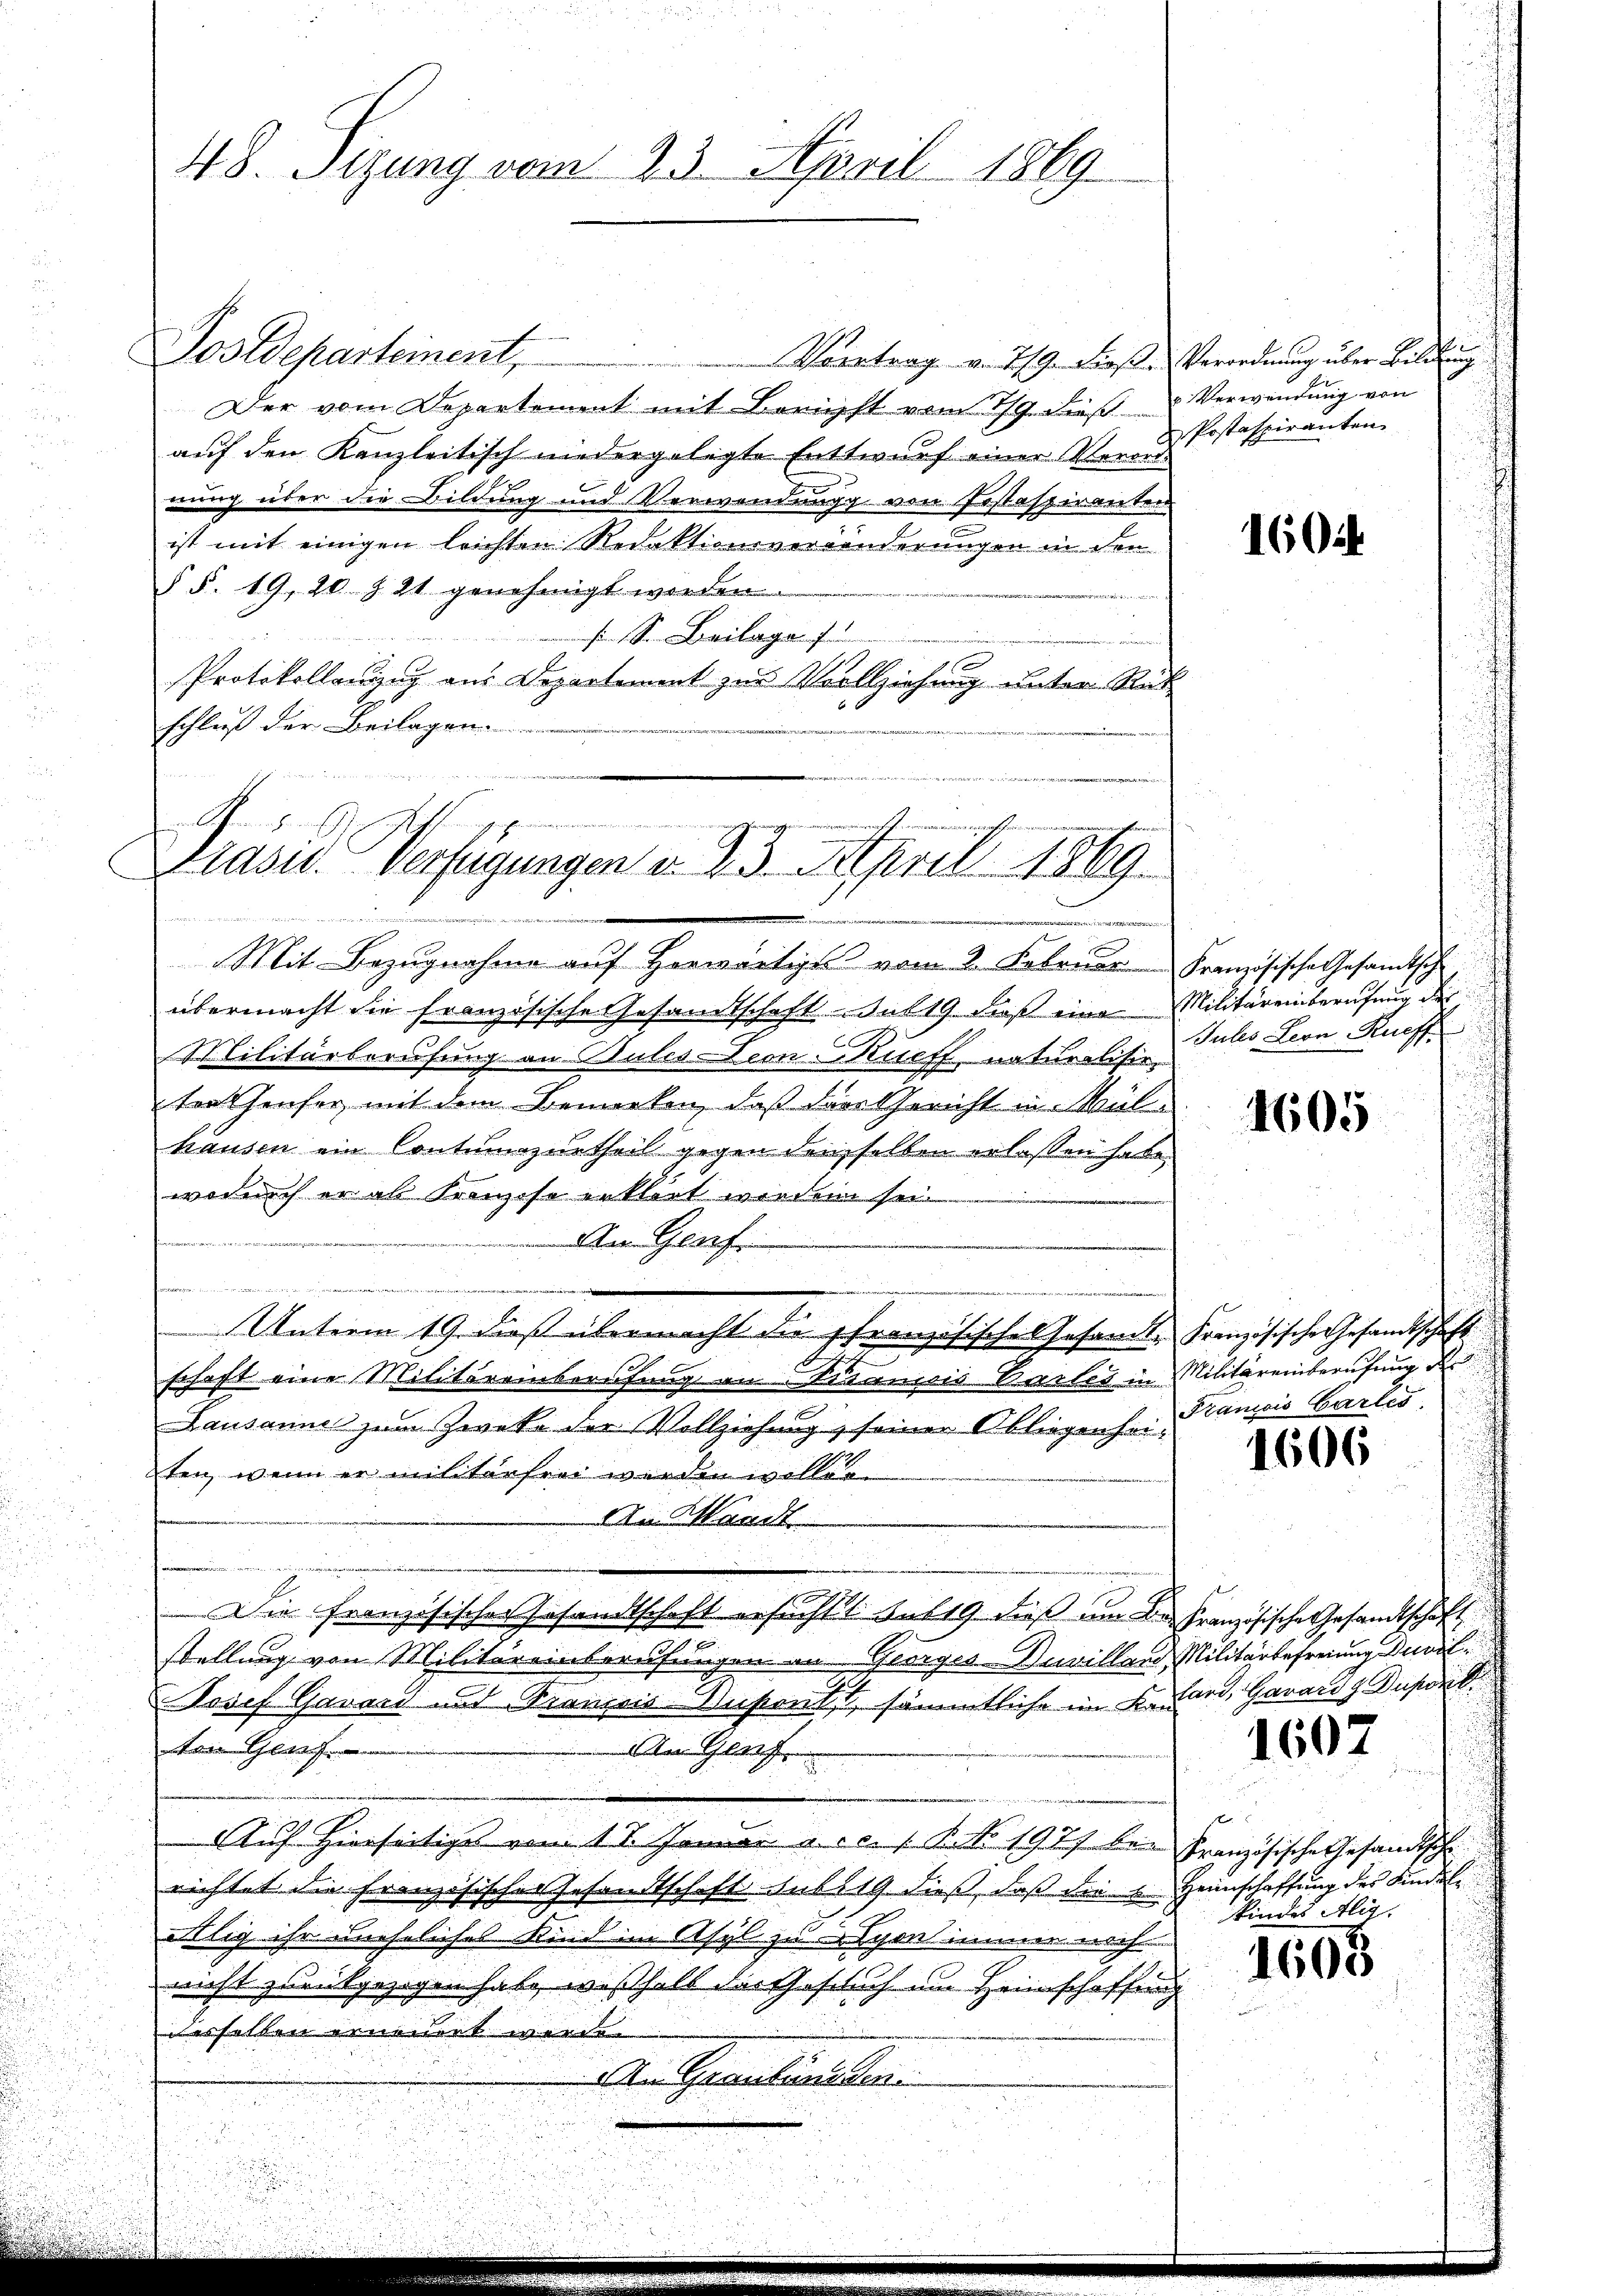
48. Sizung vom 23. April 1869.

Postdeparteinent,
Vortrag v. 279. Diese Verordnung über Bildung
Der vom Departement mit Berichst vom 19. dieß Verwendung von
auf den Kanzleitisch niedergelegte Entwurf einer Verord-
nung über die Bildung und Verwendungg von Erstaspiranten
ist mit einigen leichten Redaktionsverwinderungen in den
§ §. 19, 20 § 21 genehmigt werden
s. S. Beilage f
e
Protokollanzug aus Departement zur Vollziehung unter Rück
schließ der Beilagen

G. J.
Präsid. Verfügungen d. 23. April 1869
d

Mit Bezugnahme auf Horwärtigt vom 3. Februar Französische Gesandtsche
übermacht die französische Gesandtschaft das 19 dieß eine Militäreinberufung der
Militärberufung an Sulis Dion. Kucff, naturalisietoathäuser mit dem Bemerken, daß dere Gericht in Mülhausen ein Contuunzurtheil gegen denselben erlassen habe,
wodurch er als Kranzise erklärt worden sei.
An Genf
n
Unterm 19. dieß übermacht die französisches Gesamte Französische Gesandtschaft
schaft eine Militäremberufung an Niconsis Breites in Militäreinberufung der
Lausannes zum Zwecke der Vollziehung, seiner Abliegenheiten, wenn er militärfen werden wollen.
Am anst
Die Französischer Gesandtschaft ersucht sub 19 dieß um de Französische Gesandtschaft
u
stellung von Militäreinberufungen an Georges-Invilland, Militärbefreiung Duvil
2
Josef Gavari ad Prancis-Dupons, sämmtliche im K. Lord, Garan  Duport
ten Genf.
An Genf.
s
Auf hierseitige vom 17. Januar a.c. s. B. No. 1927 bei Französische Gesandtsche
richtet die Französisches Gesandtschaft sub 19 dieß, daß die Heimschaffung des Kindel
dtlig ihr uneheliches Kind im Asyl zu Eigen immer noch
nicht zurükgezogen habe, weßhalb das Gesuch im Heimschaffung
desselben erneident werde.
An Graulinien

Postaspiranten

160 f

Jules Leon Rueff

1605

Francois Gartes,

1606

1607

Kindes Alig.

1608